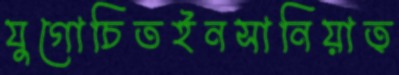
যুগোচিতইনসানিয়াত্